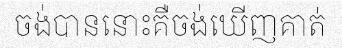
ចង់បាននោះគឺចង់ឃើញគាត់